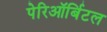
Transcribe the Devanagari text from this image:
पेरिऑर्बिटल